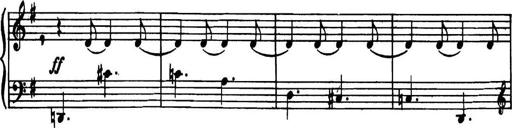
Title: Piano Sonatina in G minor
Composer: John Blackwood McEwen
Key: G minor